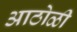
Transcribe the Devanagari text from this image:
आठोळी